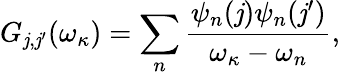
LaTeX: G_{\mathit{j},\mathit{j}^{\prime}}(\omega_{\kappa})=\sum_{n}\frac{{\psi_{n}(\mathit{j})\psi_{n}(\mathit{j}^{\prime})}}{{\omega_{\kappa}-\omega_{n}}},